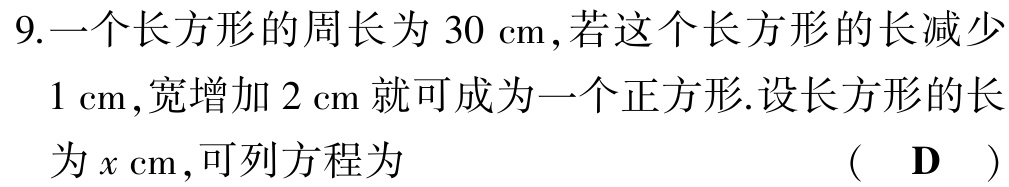
9.一个长方形的周长为\(30\mathrm{cm}\),若这个长方形的长减少\(1\mathrm{cm}\),宽增加\(2\mathrm{cm}\)就可成为一个正方形.设长方形的长为\(x\mathrm{cm}\),可列方程为  (  \(\mathbf{D}\)  )